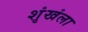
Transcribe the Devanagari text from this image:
शृंखंला